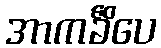
အာကင်္ခိံပေ